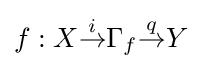
f:X{\overset {i}{\to }}\Gamma _{f}{\overset {q}{\to }}Y